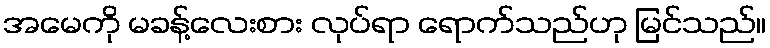
အမေကို မခန့်လေးစား လုပ်ရာ ရောက်သည်ဟု မြင်သည်။